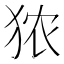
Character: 𪺻